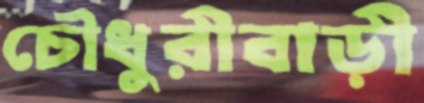
চৌধুরীবাড়ী